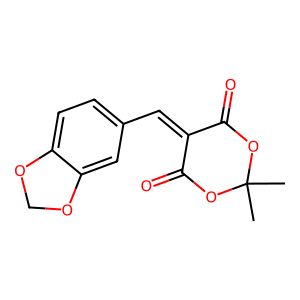
SMILES: CC1(C)OC(=O)C(=Cc2ccc3c(c2)OCO3)C(=O)O1
Inhibits HIV replication: No